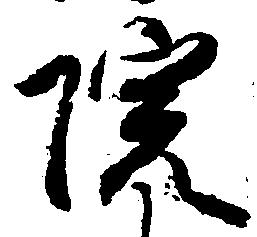
院